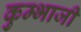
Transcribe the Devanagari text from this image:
कुम्भाजी